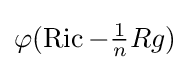
\textstyle \varphi (\operatorname {Ric} -{\frac {1}{n}}Rg)